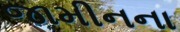
જામીનના